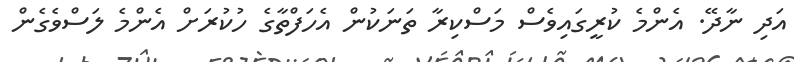
އަދި ނާދޭ. އެންމެ ކުރީގައިވެސް މަސްކިރާ ތަނަކުން އެހަފްތާގެ ހުކުރަށް އެންމެ ލަސްވެގެން